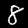
Digit: 8